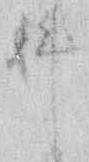
科